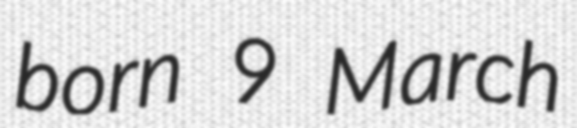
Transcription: born 9 March